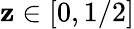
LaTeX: \mathbf{z}\in[0,1/2]